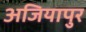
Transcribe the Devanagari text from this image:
अजियापुर